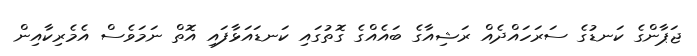
ޖަޕާންގެ ކަނޑުގެ ސަރަހައްދެއް ރަޝިއާގެ ބައެއްގެ ގޮތުގައި ކަނޑައަޅާފައި އޮތް ނަމަވެސް އެމެރިކާއިން